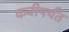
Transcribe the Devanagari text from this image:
कवीपर्यंत